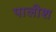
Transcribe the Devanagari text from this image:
पालीश